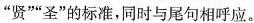
”贤””圣”的标准，同时与尾句相呼应。